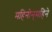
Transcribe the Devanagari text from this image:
महिनोन्‌महिने